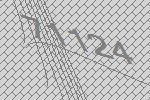
71124